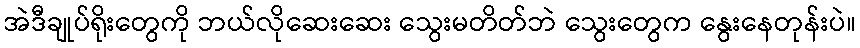
အဲဒီချုပ်ရိုးတွေကို ဘယ်လိုဆေးဆေး သွေးမတိတ်ဘဲ သွေးတွေက နွေးနေတုန်းပဲ။